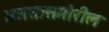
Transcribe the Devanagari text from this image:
भारतासमोरील